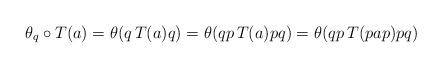
LaTeX: \begin{align*}\theta_q \circ T(a) = \theta (q \,T(a) q) = \theta (qp \,T(a) pq)= \theta (qp \,T(pap) pq) \end{align*}